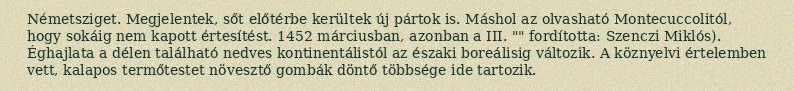
Németsziget. Megjelentek, sőt előtérbe kerültek új pártok is. Máshol az olvasható Montecuccolitól, hogy sokáig nem kapott értesítést. 1452 márciusban, azonban a III. "" fordította: Szenczi Miklós). Éghajlata a délen található nedves kontinentálistól az északi boreálisig változik. A köznyelvi értelemben vett, kalapos termőtestet növesztő gombák döntő többsége ide tartozik.